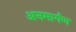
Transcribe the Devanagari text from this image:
अनमार्गण